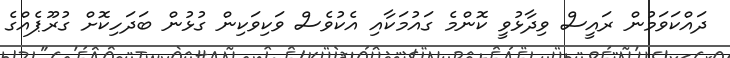
ދައްކަވަމުން ރައީސް ވިދާޅުވީ ކޮންމެ ގައުމަކާއި އެކުވެސް ވަކިވަކިން ގުޅުން ބަދަހިކޮށް ގުރޫޕެއްގެ